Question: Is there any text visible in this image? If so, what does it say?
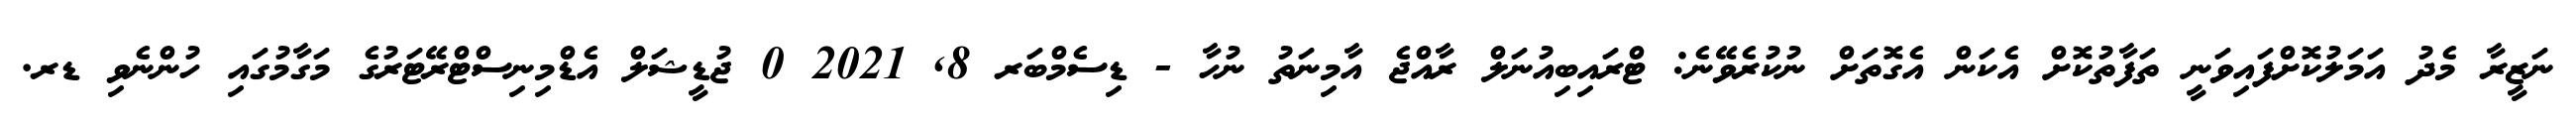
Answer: ނަޒީރާ މެދު އަމަލުކޮށްފައިވަނީ ތަފާތުކޮށް އެކަން އެގޮތަށް ނުކުރެވޭނެ: ޓްރައިބިއުނަލް ރާއްޖެ އާމިނަތު ނުހާ - ޑިސެމްބަރ 8, 2021 0 ޖުޑީޝަލް އެޑްމިނިސްޓްރޭޓަރުގެ މަގާމުގައި ހުންނެވި ޑރ.